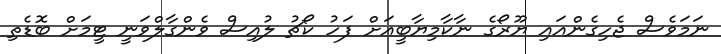
ނަމަވެސް ޖެހިގެންއައި ޔޫރޯގެ ނާކާމިޔާބީއަށް ފަހު ކޯޗު ލުއިސް ވެންގާލްވަނީ ޓީމަށް ބޮޑެތި